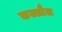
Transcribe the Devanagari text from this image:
कल्लौल